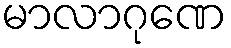
မာလာဂုဏေ